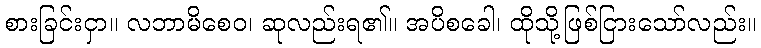
စားခြင်းငှာ။ လဘာမိစေဝ၊ ဆုလည်းရ၏။ အပိစခေါ၊ ထိုသို့ဖြစ်ငြားသော်လည်း။